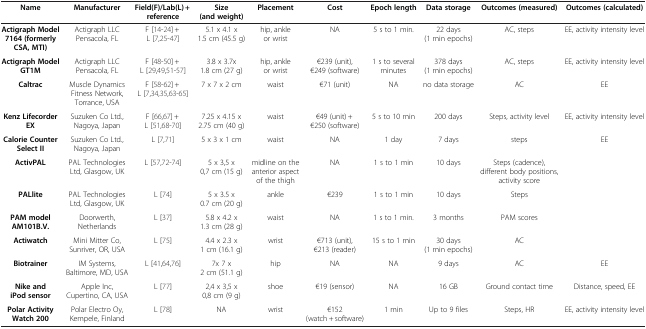
<table><thead><tr><td><b>Name</b></td><td><b>Manufacturer</b></td><td><b>Field(F)/Lab(L) + reference</b></td><td><b>Size (and weight)</b></td><td><b>Placement</b></td><td><b>Cost</b></td><td><b>Epoch length</b></td><td><b>Data storage</b></td><td><b>Outcomes (measured)</b></td><td><b>Outcomes (calculated)</b></td></tr></thead><tbody><tr><td><b>Actigraph Model 7164 (formerly CSA, MTI)</b></td><td>Actigraph LLC Pensacola, FL</td><td>F [14-24] + L [7,25-47]</td><td>5.1 x 4.1 x 1.5 cm (45.5 g)</td><td>hip, ankle or wrist</td><td>NA</td><td>5 s to 1 min.</td><td>22 days (1 min epochs)</td><td>AC, steps</td><td>EE, activity intensity level</td></tr><tr><td><b>Actigraph Model GT1M</b></td><td>Actigraph LLC Pensacola, FL</td><td>F [48-50] + L [29,49,51-57]</td><td>3.8 x 3.7x 1.8 cm (27 g)</td><td>hip, ankle or wrist</td><td>€239 (unit), €249 (software)</td><td>1 s to several minutes</td><td>378 days (1 min epochs)</td><td>AC, steps</td><td>EE, activity intensity level</td></tr><tr><td><b>Caltrac</b></td><td>Muscle Dynamics Fitness Network, Torrance, USA</td><td>F [58-62] + L [7,34,35,63-65]</td><td>7 x 7 x 2 cm</td><td>waist</td><td>€71 (unit)</td><td>NA</td><td>no data storage</td><td>AC</td><td>EE</td></tr><tr><td><b>Kenz Lifecorder EX</b></td><td>Suzuken Co Ltd., Nagoya, Japan</td><td>F [66,67] + L [51,68-70]</td><td>7.25 x 4.15 x 2.75 cm (40 g)</td><td>waist</td><td>€49 (unit) + €250 (software)</td><td>5 s to 10 min</td><td>200 days</td><td>Steps, activity level</td><td>EE, activity intensity level</td></tr><tr><td><b>Calorie Counter Select II</b></td><td>Suzuken Co Ltd., Nagoya, Japan</td><td>L [7,71]</td><td>5 x 3 x 1 cm</td><td>waist</td><td>NA</td><td>1 day</td><td>7 days</td><td>steps</td><td>EE</td></tr><tr><td><b>ActivPAL</b></td><td>PAL Technologies Ltd, Glasgow, UK</td><td>L [57,72-74]</td><td>5 x 3,5 x 0,7 cm (15 g)</td><td>midline on the anterior aspect of the thigh</td><td>NA</td><td>1 s to 1 min</td><td>10 days</td><td>Steps (cadence), different body positions, activity score</td><td> </td></tr><tr><td><b>PALlite</b></td><td>PAL Technologies Ltd, Glasgow, UK</td><td>L [74]</td><td>5 x 3.5 x 0.7 cm (20 g)</td><td>ankle</td><td>€239</td><td>1 s to 1 min</td><td>10 days</td><td>Steps</td><td> </td></tr><tr><td><b>PAM model AM101B.V.</b></td><td>Doorwerth, Netherlands</td><td>L [37]</td><td>5.8 x 4.2 x 1.3 cm (28 g)</td><td>waist</td><td>NA</td><td>1 s to 1 min.</td><td>3 months</td><td>PAM scores</td><td> </td></tr><tr><td><b>Actiwatch</b></td><td>Mini Mitter Co, Sunriver, OR, USA</td><td>L [75]</td><td>4.4 x 2.3 x 1 cm (16.1 g)</td><td>wrist</td><td>€713 (unit), €213 (reader)</td><td>15 s to 1 min</td><td>30 days (1 min epochs)</td><td>AC</td><td> </td></tr><tr><td><b>Biotrainer</b></td><td>IM Systems, Baltimore, MD, USA</td><td>L [41,64,76]</td><td>7x 7 x 2 cm (51.1 g)</td><td>hip</td><td>NA</td><td>NA</td><td>9 days</td><td>AC</td><td>EE</td></tr><tr><td><b>Nike and iPod sensor</b></td><td>Apple Inc, Cupertino, CA, USA</td><td>L [77]</td><td>2,4 x 3,5 x 0,8 cm (9 g)</td><td>shoe</td><td>€19 (sensor)</td><td>NA</td><td>16 GB</td><td>Ground contact time</td><td>Distance, speed, EE</td></tr><tr><td><b>Polar Activity Watch 200</b></td><td>Polar Electro Oy, Kempele, Finland</td><td>L [78]</td><td>NA</td><td>wrist</td><td>€152 (watch + software)</td><td>1 min</td><td>Up to 9 files</td><td>Steps, HR</td><td>EE, activity intensity level</td></tr></tbody></table>